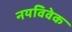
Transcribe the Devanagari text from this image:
नयविवेक